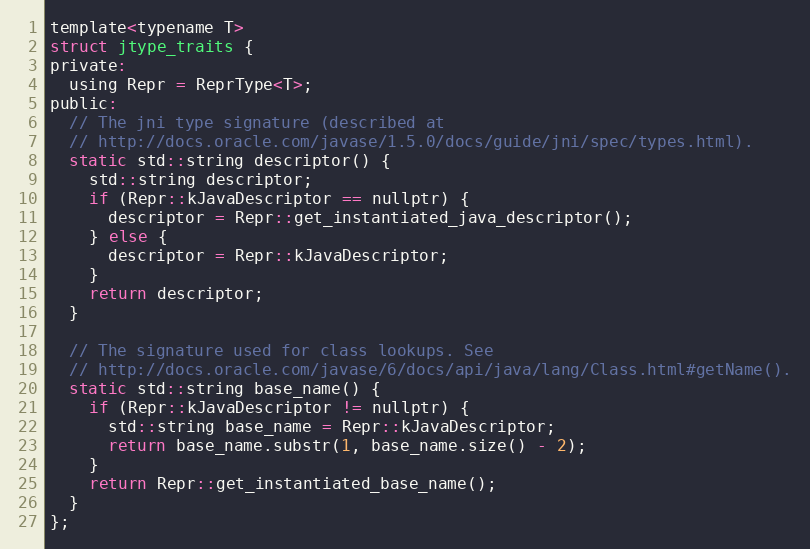
Language: C
template<typename T>
struct jtype_traits {
private:
  using Repr = ReprType<T>;
public:
  // The jni type signature (described at
  // http://docs.oracle.com/javase/1.5.0/docs/guide/jni/spec/types.html).
  static std::string descriptor() {
    std::string descriptor;
    if (Repr::kJavaDescriptor == nullptr) {
      descriptor = Repr::get_instantiated_java_descriptor();
    } else {
      descriptor = Repr::kJavaDescriptor;
    }
    return descriptor;
  }

  // The signature used for class lookups. See
  // http://docs.oracle.com/javase/6/docs/api/java/lang/Class.html#getName().
  static std::string base_name() {
    if (Repr::kJavaDescriptor != nullptr) {
      std::string base_name = Repr::kJavaDescriptor;
      return base_name.substr(1, base_name.size() - 2);
    }
    return Repr::get_instantiated_base_name();
  }
};